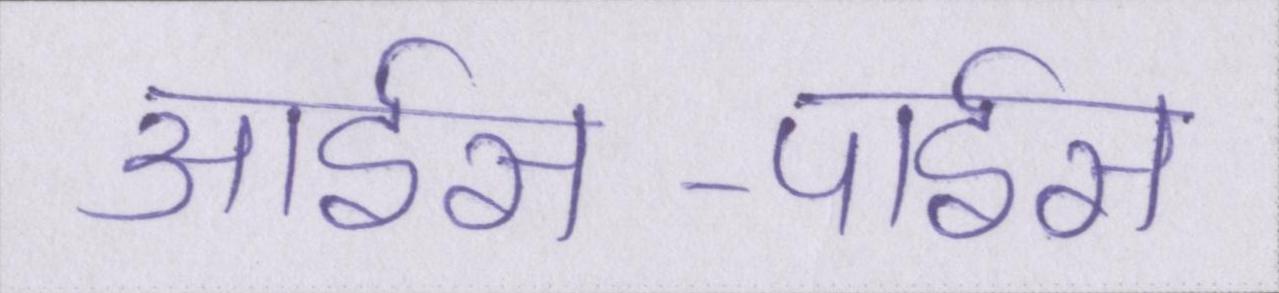
आईस-पाईस